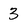
Character: 3